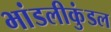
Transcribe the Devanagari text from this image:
भांडलीकुंडल